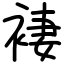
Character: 褄